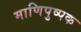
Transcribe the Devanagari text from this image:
माणिपुष्पक